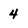
Character: 4